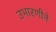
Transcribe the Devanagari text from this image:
उभारणीने